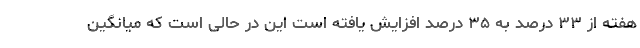
هفته از ۳۳ درصد به ۳۵ درصد افزایش یافته است این در حالی است که میانگین